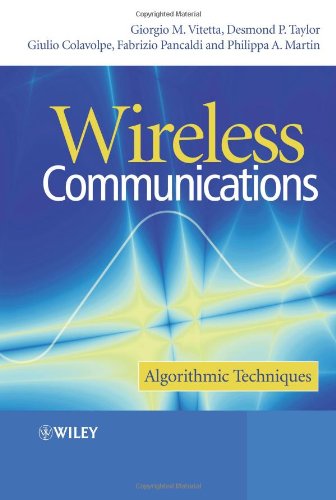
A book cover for Wireless Communications: Algorithmic Techniques; Giorgio Vitetta; Crafts, Hobbies & Home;